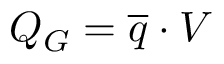
Q _ { G } = \overline { { q } } \cdot V